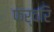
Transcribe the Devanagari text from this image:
फर्वरि